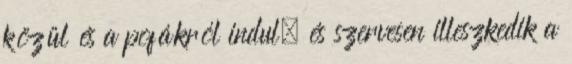
közül és a pofákról indul, és szervesen illeszkedik a